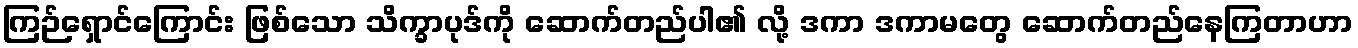
ကြဉ်ရှောင်ကြောင်း ဖြစ်သော သိက္ခာပုဒ်ကို ဆောက်တည်ပါ၏ လို့ ဒကာ ဒကာမတွေ ဆောက်တည်နေကြတာဟာ